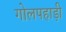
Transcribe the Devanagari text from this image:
गोलपहाड़ी